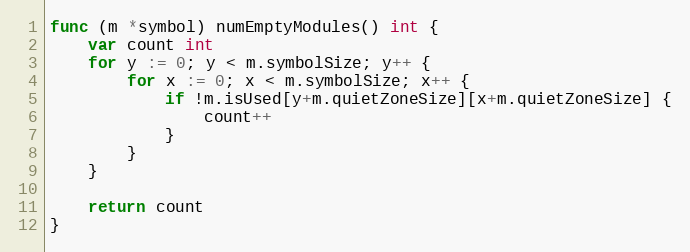
Language: Go
func (m *symbol) numEmptyModules() int {
	var count int
	for y := 0; y < m.symbolSize; y++ {
		for x := 0; x < m.symbolSize; x++ {
			if !m.isUsed[y+m.quietZoneSize][x+m.quietZoneSize] {
				count++
			}
		}
	}

	return count
}